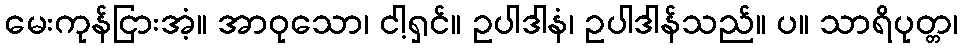
မေးကုန်ငြားအံ့။ အာဝုသော၊ ငါ့ရှင်။ ဥပါဒါနံ၊ ဥပါဒါန်သည်။ ပ။ သာရိပုတ္တ၊